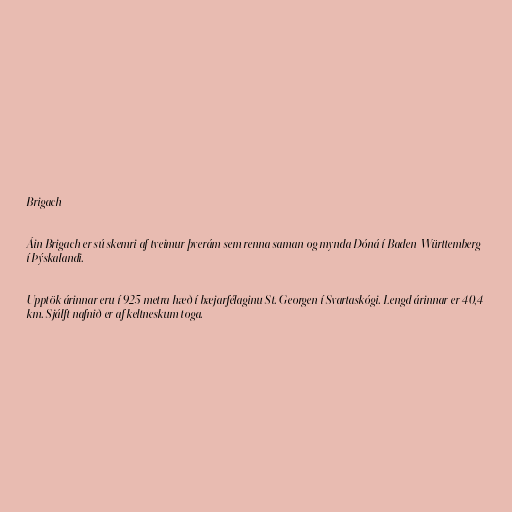
Brigach

Áin Brigach er sú skemri af tveimur þverám sem renna saman og mynda Dóná í Baden-Württemberg
í Þýskalandi.

Upptök árinnar eru í 925 metra hæð í bæjarfélaginu St. Georgen í Svartaskógi. Lengd árinnar er 40,4
km. Sjálft nafnið er af keltneskum toga.